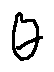
\theta